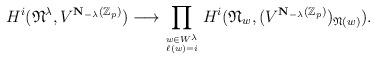
LaTeX: \begin{align*}H^i({{{{\mathfrak N}}}}^{\lambda},V^{{{\bf N}_{-\lambda}({\mathbb Z}_p)}})\longrightarrow\prod_{w\in W^{\lambda}\atop \ell(w)=i}H^i({\mathfrak N}_w,(V^{{{\bf N}_{-\lambda}({\mathbb Z}_p)}})_{{\mathfrak N}(w)}).\end{align*}